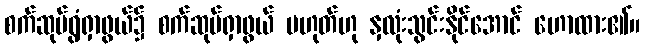
စက်ဆုပ်ရွံရှာဖွယ်၌ စက်ဆုပ်ရှာဖွယ် မဟုတ်ဟု နှလုံးသွင်းနိုင်အောင် ဟောထား၏။